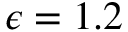
\epsilon = 1 . 2